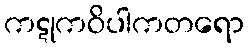
ကဋုကဝိပါကတရော